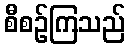
စီစဉ်ကြသည်